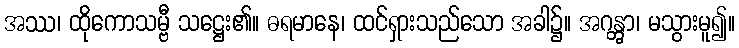
အဿ၊ ထိုကောသမ္ဗီ သဋ္ဌေး၏။ ဓရမာနေ၊ ထင်ရှားသည်သော အခါ၌။ အဂန္တွာ၊ မသွားမူ၍။